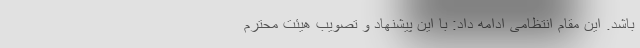
باشد. این مقام انتظامی ادامه داد: با این پیشنهاد و تصویب هیئت محترم